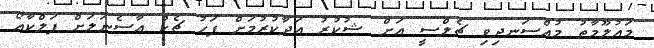
މައުލޫމާތު މުއްސަނދިވި ޗެލްސީ އަށް ޝުކުރު އަދާކުރުމަށް ފަހު ޗެކް އާސެނަލަށް ފަލްކާއޯ